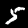
Label: 5